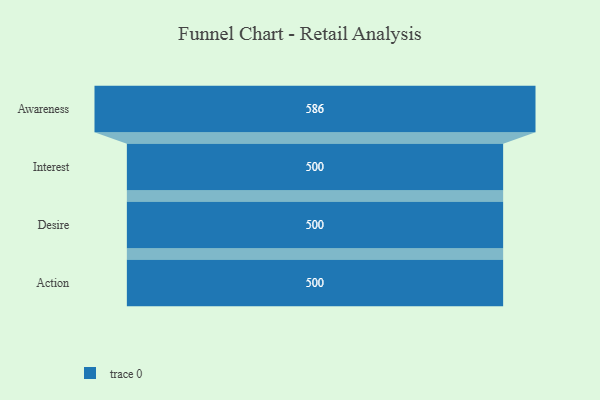
{"axis": {"x": "Stage", "y": "Value"}, "legend": [""], "data": [{"x": "Awareness", "y": 586.0, "type": ""}, {"x": "Interest", "y": 500, "type": ""}, {"x": "Desire", "y": 500, "type": ""}, {"x": "Action", "y": 500, "type": ""}]}